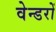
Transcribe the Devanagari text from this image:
वेन्डरों